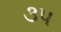
૩૫